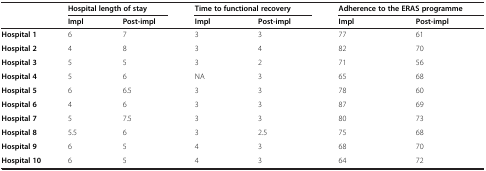
| <ROWSPAN=2>  | <COLSPAN=2> Hospital length of stay | <COLSPAN=2> Time to functional recovery | <COLSPAN=2> Adherence to the ERAS programme |
 | Impl | Post-impl | Impl | Post-impl | Impl | Post-impl |
 | --- | --- | --- | --- | --- | --- | --- |
 | Hospital 1 | 6 | 7 | 3 | 3 | 77 | 61 |
 | Hospital 2 | 4 | 8 | 3 | 4 | 82 | 70 |
 | Hospital 3 | 5 | 5 | 3 | 2 | 71 | 56 |
 | Hospital 4 | 5 | 6 | NA | 3 | 65 | 68 |
 | Hospital 5 | 6 | 6.5 | 3 | 3 | 78 | 60 |
 | Hospital 6 | 4 | 6 | 3 | 3 | 87 | 69 |
 | Hospital 7 | 5 | 7.5 | 3 | 3 | 80 | 73 |
 | Hospital 8 | 5.5 | 6 | 3 | 2.5 | 75 | 68 |
 | Hospital 9 | 6 | 5 | 4 | 3 | 68 | 70 |
 | Hospital 10 | 6 | 5 | 4 | 3 | 64 | 72 |